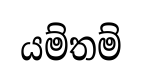
යම්තම්